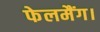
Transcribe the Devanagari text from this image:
फेलमैंग।